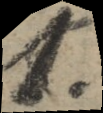
1.